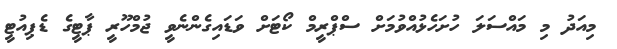
މިއަދު މި މައްސަލަ ހުށަހެޅުއްވުމަށް ސްޕްރީމް ކޯޓަށް ވަޑައިގެންނެވީ ޖުމްހޫރީ ޕާޓީގެ ޑެޕިއުޓީ